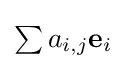
{\textstyle \sum a_{i,j}\mathbf {e} _{i}}